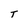
Character: T